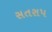
સતરાપ